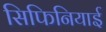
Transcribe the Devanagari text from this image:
सिफिनियाई